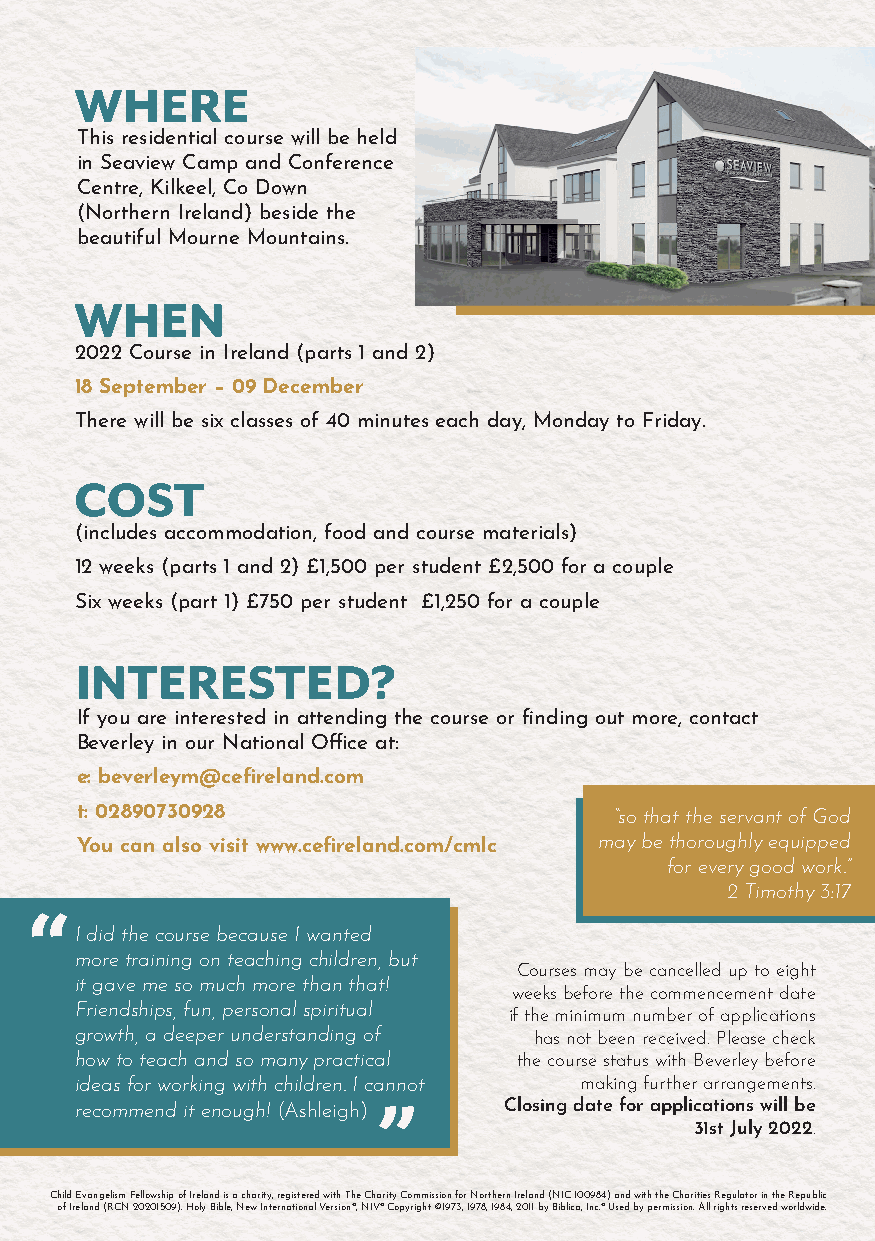
WHERE
 This residential course will be held
 in Seaview Camp and Conference
 Centre, Kilkeel, Co Down
 (Northern Ireland) beside the
 beautiful Mourne Mountains.
 WHEN
 2022 Course in Ireland (parts 1 and 2)
 18 September – 09 December
 There will be six classes of 40 minutes each day, Monday to Friday.
 COST
 (includes accommodation, food and course materials)
 12 weeks (parts 1 and 2) £1,500 per student £2,500 for a couple
 Six weeks (part 1) £750 per student £1,250 for a couple
 INTERESTED?
 If you are interested in attending the course or fi nding out more, contact
 Beverley in our National Offi ce at:
 e: beverleym@cefi reland.com
 t: 02890730928
 “so that the servant of God
 You can also visit www.cefi reland.com/cmlc may be thoroughly equipped
 for every good work.”
 2 Timothy 3:17
 “
 I did the course because I wanted
 more training on teaching children, but
 Courses may be cancelled up to eight
 it gave me so much more than that!
 weeks before the commencement date
 Friendships, fun, personal spiritual if the minimum number of applications
 growth, a deeper understanding of has not been received. Please check
 how to teach and so many practical the course status with Beverley before
 ideas for working with children. I cannot making further arrangements.
 recommend it enough! (Ashleigh)” Closing date for applications will be
 31st July 2022.
 Child Evangelism Fellowship of Ireland is a charity, registered with The Charity Commission for Northern Ireland (NIC 100984) and with the Charities Regulator in the Republic
 of Ireland (RCN 20201509). Holy Bible, New International Version®, NIV® Copyright ©1973, 1978, 1984, 2011 by Biblica, Inc.® Used by permission. All rights reserved worldwide.